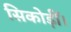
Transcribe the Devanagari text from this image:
सिकोड़ीं।